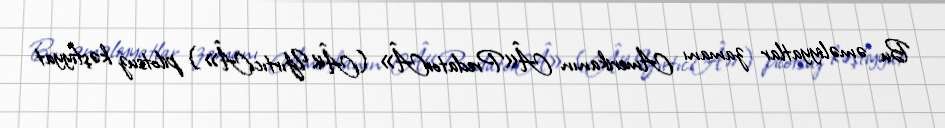
Bu əməliyyatlar zamanı Amerikanın Â«PredatorÂ» (Â«YırtıcıÂ») pilotsuz kəşfiyyat